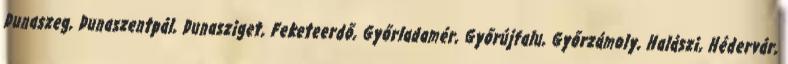
Dunaszeg, Dunaszentpál, Dunasziget, Feketeerdő, Győrladamér, Győrújfalu, Győrzámoly, Halászi, Hédervár,